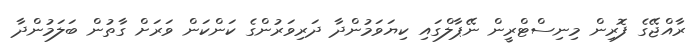
ރާއްޖޭގެ ފޮރިން މިނިސްޓްރީން ނޭޕާލްގައި ކިޔަވަމުންދާ ދަރިވަރުންގެ ކަންކަން ވަރަށް ގާތުން ބަލަމުންދާ